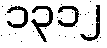
၁၃၁၂